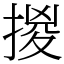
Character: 㨑